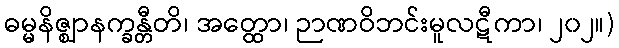
ဓမ္မနိဇ္ဈာနက္ခန္တီတိ၊ အတ္ထော၊ ဉာဏဝိဘင်းမူလဋီကာ၊ ၂၀၂။)